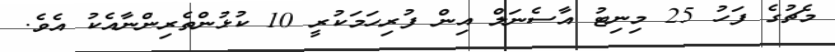
މެޗުގެ ފަހު 25 މިނިޓު އާސެނަލް އިން ފުރިހަމަކުރީ 10 ކުޅުންތެރިންނާއެކު އެވެ.